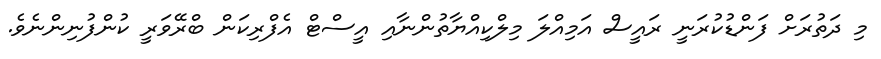
މި ދަތުރަށް ފަންޑުކުރަނީ ރައީސް އަމިއްލަ މިލްކިއްޔާތުންނާއި އީސްޓް އެފްރިކަން ބްރޭވަރީ ކުންފުނިންނެވެ.